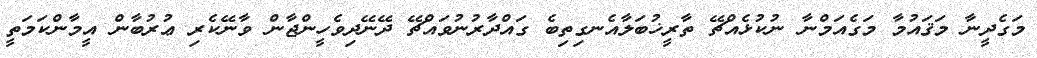
މަގެދީނާ މަޤައުމާ މަގެއަމްނާ ނުކުޅެއްޗޭ ތާރީީީީޚުބަލާއެނގިތިބެ ގައްދާރުނުވައްޗޭ ދޭނޭދިވެހީންޖާން ވާނޭކެރި ޢުރުބާން އީީމާންކަމަތީ